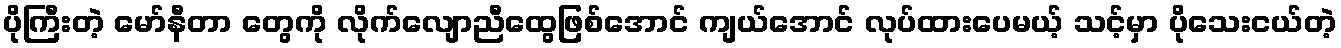
ပိုကြီးတဲ့ မော်နီတာ တွေကို လိုက်လျောညီထွေဖြစ်အောင် ကျယ်အောင် လုပ်ထားပေမယ့် သင့်မှာ ပိုသေးငယ်တဲ့